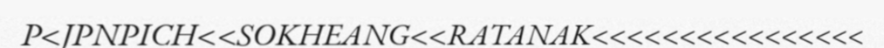
P<JPNPICH<<SOKHEANG<<RATANAK<<<<<<<<<<<<<<<<